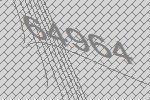
64964